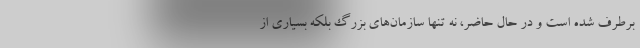
برطرف شده است و در حال حاضر، نه تنها سازمان‌های بزرگ بلکه بسیاری از